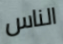
الناس